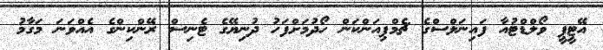
އޭޓީޕީ ވޯލްޑްޓުއާ ފައިނަލްސްގެ ޗެމްޕިއަންކަން ހޯދުމަށްފަހު ދުނިޔޭގެ ޓެނިސް ރޭންކިންގެ އެއްވަނަ މަގާމު